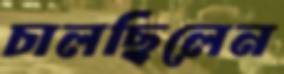
চালছিলেন